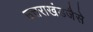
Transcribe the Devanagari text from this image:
उत्तराखंडजैसे